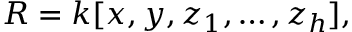
R = k [ x , y , z _ { 1 } , \ldots , z _ { h } ] ,